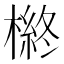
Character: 𱤎